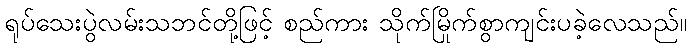
ရုပ်သေးပွဲလမ်းသဘင်တို့ဖြင့် စည်ကား သိုက်မြိုက်စွာကျင်းပခဲ့လေသည်။